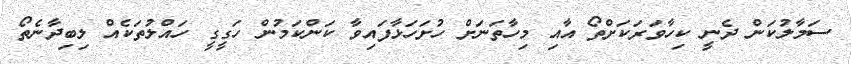
ސަމާލުކަން ދެނީ ކިހާވަރަކަށްތޯ އާއި މިހާތަނަށް ހުށަހަޅާފައިވާ ކަންކަމުން ހަގީގީ ހައްލުތަކެއް ލިބިދާނެތޯ